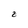
Character: z